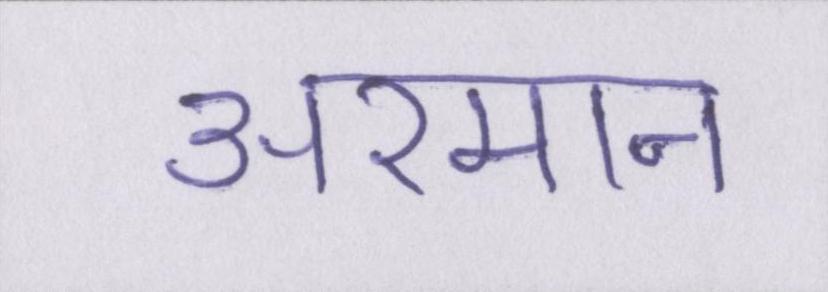
अरमान